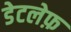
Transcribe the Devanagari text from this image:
डेटलेफ़